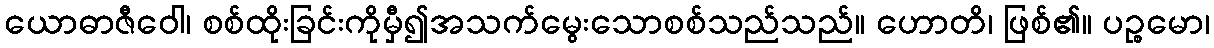
ယောဓာဇီဝေါ၊ စစ်ထိုးခြင်းကိုမှီ၍အသက်မွေးသောစစ်သည်သည်။ ဟောတိ၊ ဖြစ်၏။ ပဉ္စမော၊